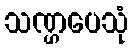
သဏ္ဌပေသုံ